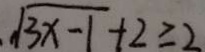
\sqrt { 3 x - 1 } + 2 \geq 2